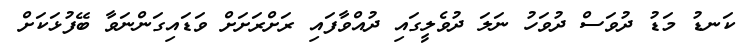
ކަނޑު މަޑު ދުވަސް ދުވަހު ނަލަ ދުވެލީގައި ދުއްވާފައި ރަށްރަށަށް ވަޑައިގަންނަވާ ބޭފުޅަކަށް